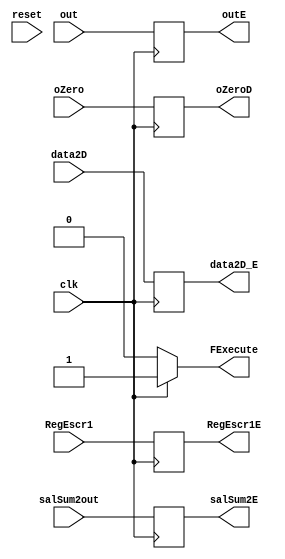
`timescale 1ns / 1ps
//////////////////////////////////////////////////////////////////////////////////
// Company: 
// Engineer: 
// 
// Design Name: 
// Module Name: Execute
// Project Name: 
// Target Devices: 
// Tool Versions: 
// Description: 
// 
// Dependencies: 
// 
// Revision:
// Revision 0.01 - File Created
// Additional Comments:
// 
//////////////////////////////////////////////////////////////////////////////////


module Execute(reset,clk,out,outE,oZero,oZeroD,data2D,data2D_E,RegEscr1,RegEscr1E,salSum2out,salSum2E,FExecute);

    input clk;
    input [31:0] out;
    input oZero;
    input [31:0] data2D;
    input [31:0] RegEscr1;
    input [31:0] salSum2out;
    input reset;
    
    output reg [31:0] outE;
    output reg oZeroD;
    output reg [31:0] data2D_E;
    output reg [31:0] RegEscr1E;
    output reg [31:0] salSum2E;
    output wire FExecute;
    
assign FExecute = clk ? 1'b1:1'b0;
    
always @(posedge clk)

begin
    if (reset==1)
        oZeroD = 1'b0;
        
    outE = out;
    oZeroD = oZero;
    data2D_E = data2D;
    RegEscr1E = RegEscr1;
    salSum2E = salSum2out;    
end
    
endmodule